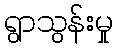
ရွာသွန်းမှု